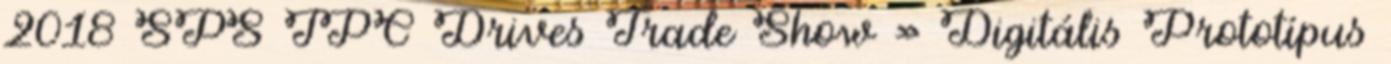
2018 SPS IPC Drives Trade Show » Digitális Prototípus